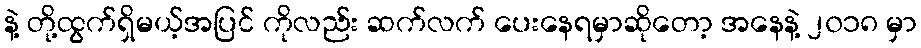
နဲ့ တို့ထွက်ရှိမယ့်အပြင် ကိုလည်း ဆက်လက် ပေးနေရမှာဆိုတော့ အနေနဲ့ ၂၀၁၈ မှာ